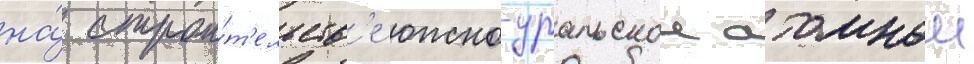
на́ строи́т'ельств'е южно-уральскои атомнои